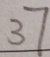
3 7